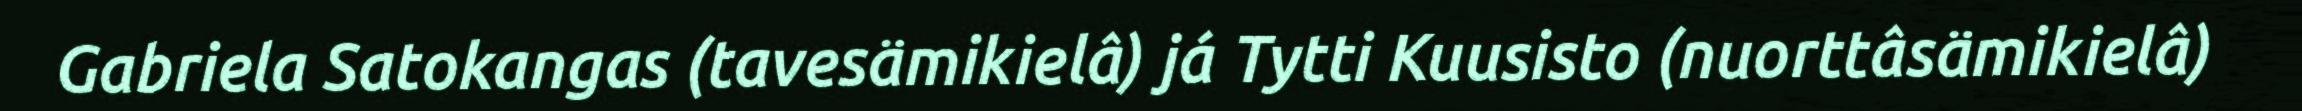
Gabriela Satokangas (tavesämikielâ) já Tytti Kuusisto (nuorttâsämikielâ)